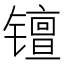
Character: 𫔑